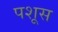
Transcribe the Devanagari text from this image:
पशूस